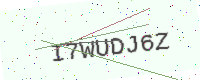
Text: I7WUDJ6Z